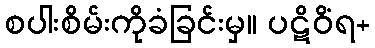
စပါးစိမ်းကိုခံခြင်းမှ။ ပဋိဝိံရ+